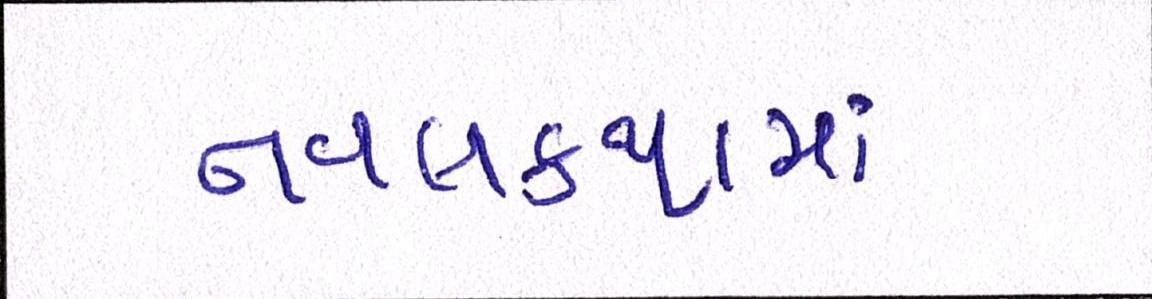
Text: નવલકથામાં